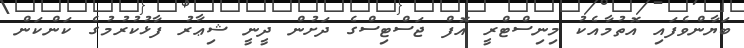
ބަޔާންވެފައި އޮތުމާއެކު މިނިސްޓްރީ އޮފް ޖަސްޓިސްގެ ދަށުން ދީނީ ޝިޢާރު ފާޅުކުރުމުގެ ކަންކަން